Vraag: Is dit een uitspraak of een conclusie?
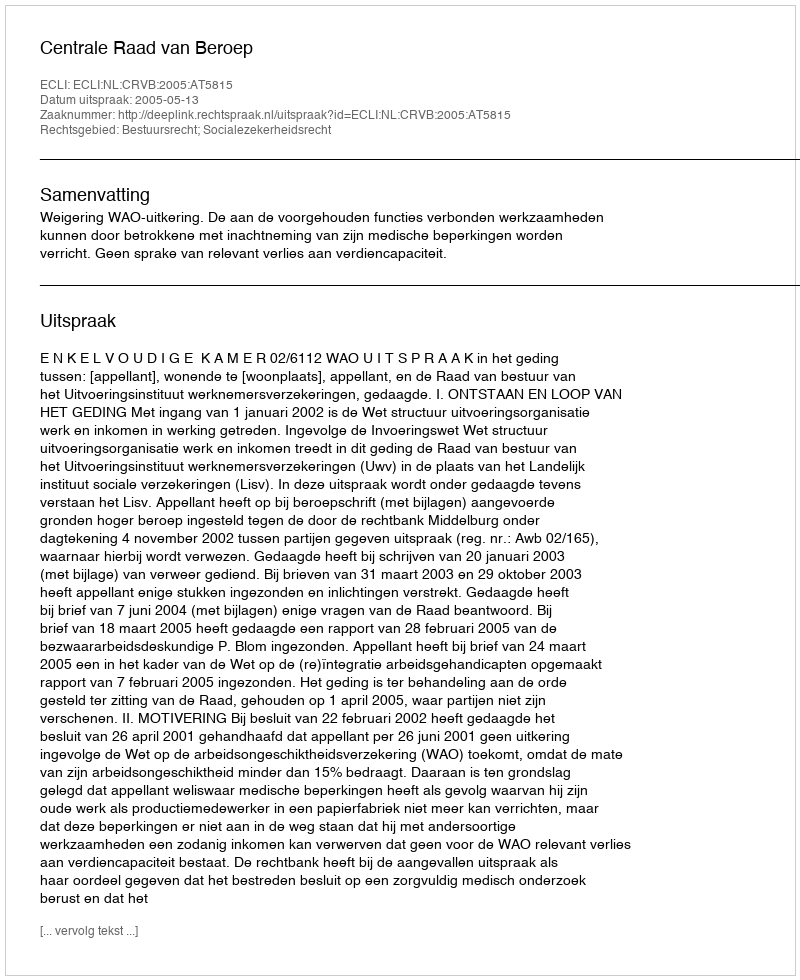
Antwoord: Uitspraak